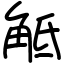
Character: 觝